Report of the Indian Hemp Drugs Commission, 1894-1895 - Volume V
Year: 1894
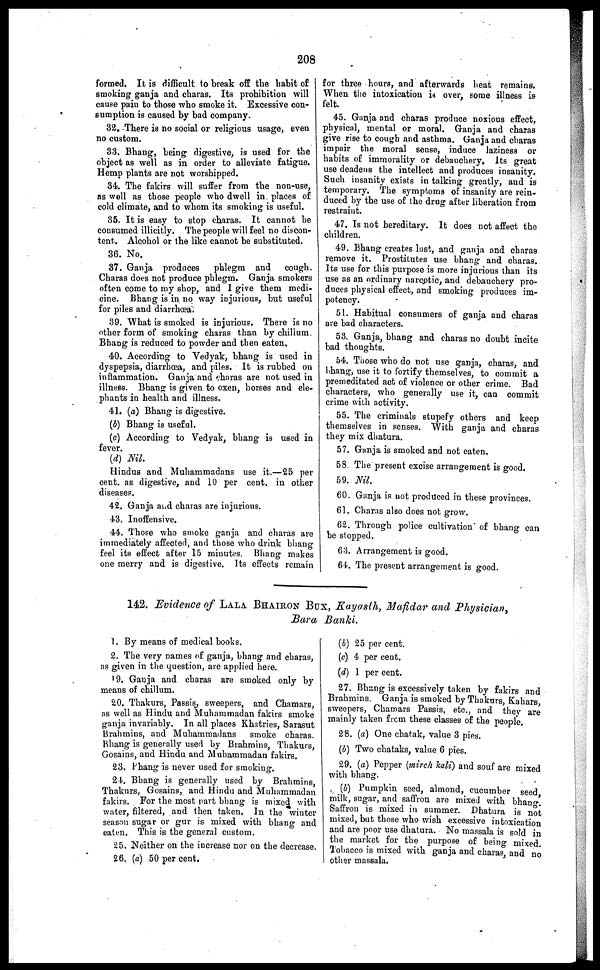
208
formed. It is difficult to break off the habit of
smoking ganja and charas. Its prohibition will
cause pain to those who smoke it. Excessive con-
sumption is caused by bad company.
82. There is no social or religious usage, even
no custom.
33. Bhang, being digestive, is used for the
object as well as in order to alleviate fatigue.
Hemp plants are not worshipped.
34. The fakirs will suffer from the non-use,
as well as those people who dwell in places of
cold climate, and to whom its smoking is useful.
35. It is easy to stop charas. It cannot he
consumed illicitly. The people will feel no discon-
tent. Alcohol or the like cannot be substituted.
36. No.
37. Ganja produces
phlegm and
cough.
Charas does not produce phlegm. Ganja smokers
often come to my shop, and I give them medi-
cine. Bhang is in no way injurious, but useful
for piles and diarrhoea.
39. What is smoked is injurious. There is no
other form of smoking charas than by chillum.
Bhang is reduced to powder and then eaten,
40. According to Vedyak, bhang is used in
dyspepsia, diarrhoea, and piles. It is rubbed on
inflammation. Ganja and charas are not used in
illness. Bhang is given to oxen, horses and ele-
phants in health and illness.
41. (a) Bhang is digestive.
(b) Bhang is useful.
(c) According to Vedyak, bhang is used in
fever.
(d) Nil.
Hindus and Muhammadans use it.—25 per
cent. as digestive, and 10 per cent. in other
diseases.
42. Ganja and charas are injurious.
43. Inoffensive.
44. Those who smoke ganja and charas are
immediately affected, and those who drink bhang
feel its effect after 15 minutes. Bhang makes
one merry and is digestive. Its effects remain
for three hours, and afterwards heat remains.
When the intoxication is over, some illness is
felt.
45. Ganja and charas produce noxious effect,
physical, mental or moral. Ganja and charas
give rise to cough and asthma. Ganja and charas
impair the moral sense, induce laziness or
habits of immorality or debauchery. Its great
use deadens the intellect and produces insanity.
Such insanity exists in talking greatly, and is
temporary. The symptoms of insanity are rein-
duced by the use of the drug after liberation from
restraint.
47. Is not hereditary. It does not affect the
children.
49. Bhang creates lust, and ganja and charas
remove it. Prostitutes use bhang and charas.
Its use for this purpose is more injurious than its
use as an ordinary narcotic, and debauchery pro-
duces physical effect, and smoking produces im-
potency.
51. Habitual consumers of ganja and charas
are bad characters.
53. Ganja, bhang and charas no doubt incite
bad thoughts.
54. Those who do not use ganja, charas, and
bhang, use it to fortify themselves, to commit a
premeditated act of violence or other crime. Bad
characters, who generally use it, can commit
crime with activity.
55. The criminals stupefy others and keep
themselves in senses. With ganja and charas
they mix dhatura.
57. Ganja is smoked and not eaten.
58. The present excise arrangement is good.
59. Nil.
60. Ganja is not produced in these provinces.
61. Charas also does not grow.
62. Through police cultivation of bhang can
be stopped.
63. Arrangement is good.
64. The present arrangement is good.
142. Evidence of LALA BHAIRON BUX, Kayasth, Mafidar and Physician,
Bara Banki.
1. By means of medical books.
2. The very names of ganja, bhang and charas,
as given in the question, are applied here.
19. Ganja and charas are smoked only by
means of chillum.
20. Thakurs, Passis, sweepers, and Chamars,
as well as Hindu and Muhammadan fakirs smoke
ganja invariably. In all places Khatries, Sarasut
Brahmins, and Muhammadans smoke charas.
Bhang is generally used by Brahmins, Thakurs,
Gosains, and Hindu and Muhammadan fakirs.
23. Phang is never used for smoking.
24. Bhang is generally used by Brahmins,
Thakurs, Gosains, and Hindu and Muhammadan
fakirs. For the most part bhang is mixed with
water, filtered, and then taken. In the winter
season sugar or gur is mixed with bhang and
eaten. This is the general custom.
25. Neither on the increase nor on the decrease.
26. (a) 50 per cent.
(b) 25 per cent.
(c) 4 per cent.
(d) 1 per cent.
27. Bhang is excessively taken by fakirs and
Brahmins. Ganja is smoked by Thakurs, Kahars
sweepers, Chamars Passis, etc., and they are
mainly taken from these classes of the people.
28. (a) One chatak, value 3 pies.
(b) Two chataks, value 6 pies.
29. (a) Pepper (mirch kali) and souf are mixed
with bhang.
(b) Pumpkin seed, almond, cucumber seed
milk, sugar, and saffron are mixed with bhang.
Saffron is mixed in summer. Dhatura is not
mixed, but those who wish excessive intoxication
and are poor use dhatura. No massala is sold in
the market for the purpose of being mixed.
Tobacco is mixed with ganja and charas, and no
other massala.